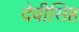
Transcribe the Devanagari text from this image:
देवीसिह